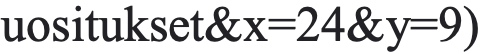
uositukset&x=24&y=9)